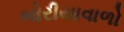
બોરીયાવાળો